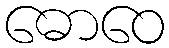
ဓောဝေ